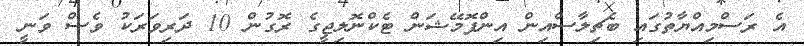
އެ ރަސްމިއްޔާތުގައި ބެޗިލާސްއިން އިންފޮމޭޝަން ޓެކްނޮލިޖީގެ ރޮގުން 10 ދަރިވަރަކު ވެސް ވަނީ